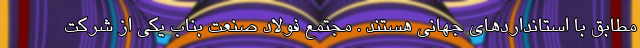
مطابق با استانداردهاي جهاني هستند . مجتمع فولاد صنعت بناب يكي از شركت